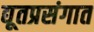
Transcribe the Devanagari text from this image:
द्यूतप्रसंगात